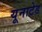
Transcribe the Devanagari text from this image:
यूनाटेड